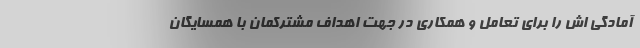
آمادگی اش را برای تعامل و همکاری در جهت اهداف مشترکمان با همسایگان